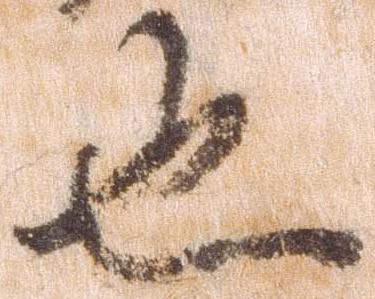
也